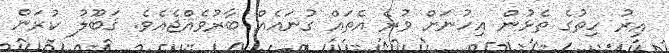
އިރު ހިތުގެ ތެޅުން އިހުނަށް ވުރެ އެތައް ގުނައެއް ބާރުވެއްޖެއެވެ. ޤަބޫލު ކުރަން